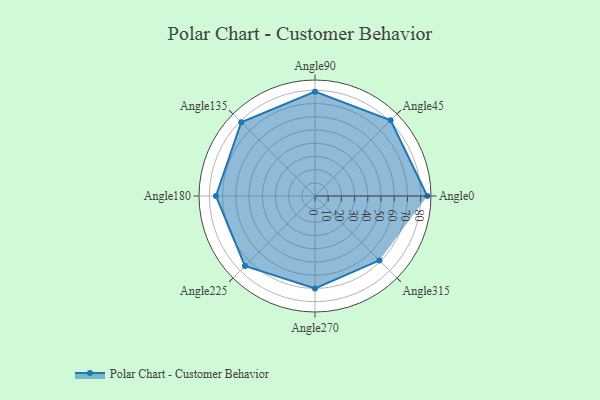
{"axis": {"x": "Angle", "y": "Radius"}, "legend": [""], "data": [{"x": "Angle0", "y": 85.0, "type": ""}, {"x": "Angle45", "y": 81.0, "type": ""}, {"x": "Angle90", "y": 79.0, "type": ""}, {"x": "Angle135", "y": 79.0, "type": ""}, {"x": "Angle180", "y": 75.0, "type": ""}, {"x": "Angle225", "y": 75.0, "type": ""}, {"x": "Angle270", "y": 70.0, "type": ""}, {"x": "Angle315", "y": 69.0, "type": ""}]}